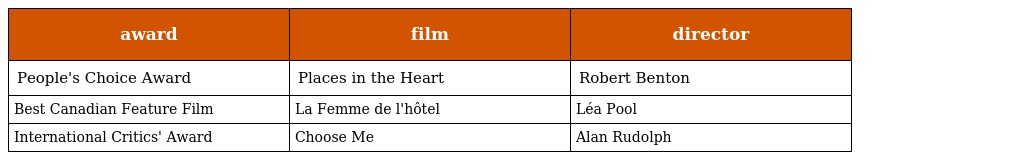
| award | film | director |
 | --- | --- | --- |
 | People's Choice Award | Places in the Heart | Robert Benton |
 | Best Canadian Feature Film | La Femme de l'hôtel | Léa Pool |
 | International Critics' Award | Choose Me | Alan Rudolph |